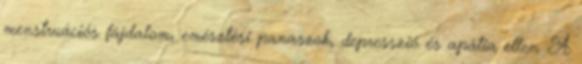
menstruációs fájdalom, emésztési panaszok, depresszió és apátia ellen. A